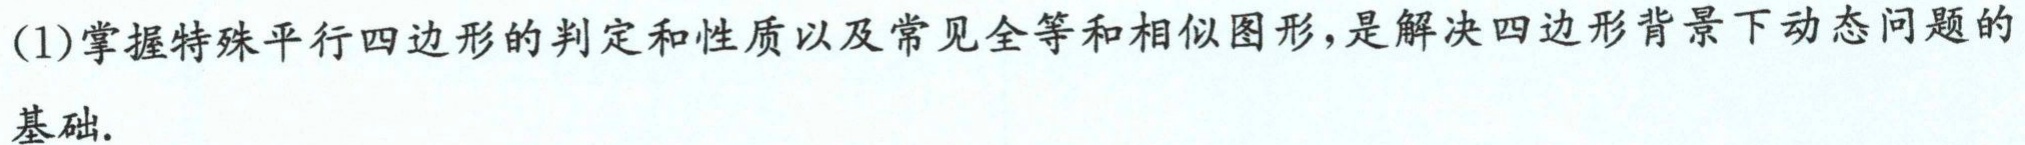
(1)掌握特殊平行四边形的判定和性质以及常见全等和相似图形，是解决四边形背景下动态问题的基础.